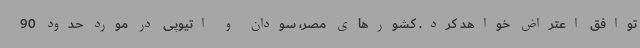
توافق اعتراض خواهد کرد. کشورهای مصر، سودان و اتیوپی در مورد حدود 90